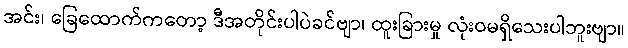
အင်း၊ ခြေထောက်ကတော့ ဒီအတိုင်းပါပဲခင်ဗျာ၊ ထူးခြားမှု လုံးဝမရှိသေးပါဘူးဗျာ။